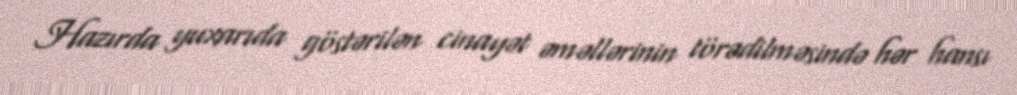
Hazırda yuxarıda göstərilən cinayət əməllərinin törədilməsində hər hansı